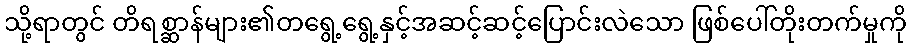
သို့ရာတွင် တိရစ္ဆာန်များ၏တရွေ့ရွေ့နှင့်အဆင့်ဆင့်ပြောင်းလဲသော ဖြစ်ပေါ်တိုးတက်မှုကို